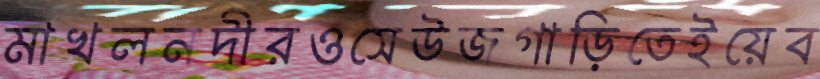
মাখলনদীরওসেউজগাড়িতেইয়েব